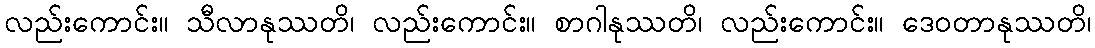
လည်းကောင်း။ သီလာနုဿတိ၊ လည်းကောင်း။ စာဂါနုဿတိ၊ လည်းကောင်း။ ဒေဝတာနုဿတိ၊